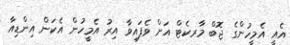
އެއީ އެމީހުންގެ ޖޮބް މާރކެޓް އަށް ވެފައިވާ އިރު އެމީހުން އެކަން އިންޑިއާ